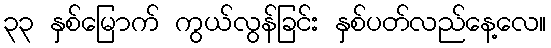
၃၃ နှစ်မြောက် ကွယ်လွန်ခြင်း နှစ်ပတ်လည်နေ့လေ။